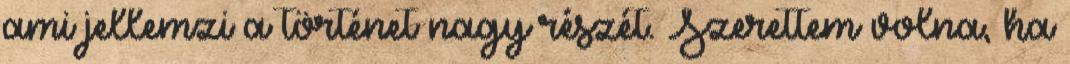
ami jellemzi a történet nagy részét. Szerettem volna, ha